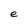
Character: e